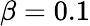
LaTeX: \beta=0.1